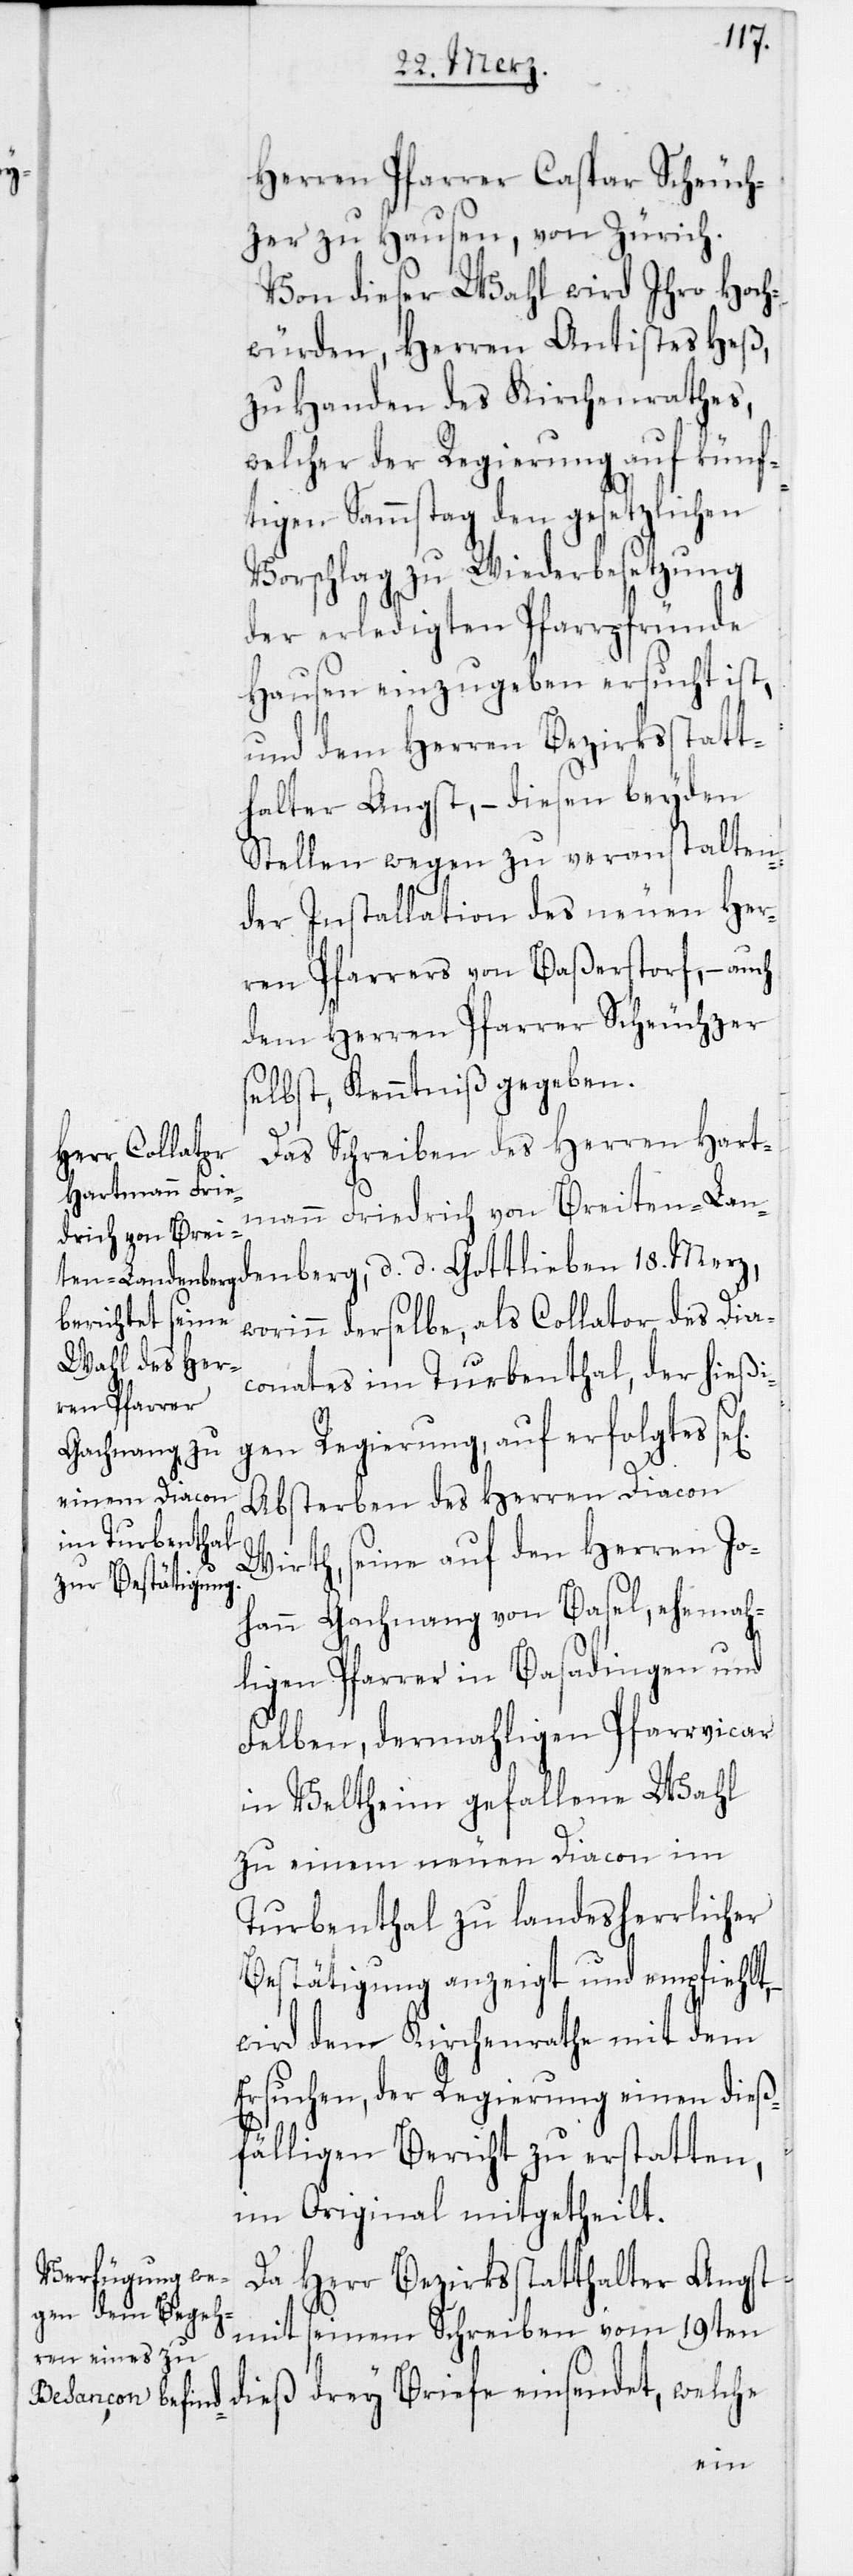
Herren Pfarrer Caspar Scheuch¬
zer zu Hausen, von Zürich.
Von dieser Wahl wird Ihro Hoch¬
würden, Herren Antistes Heß,
zu Handen des Kirchenrathes,
welcher der Regierung auf künf¬
tigen Sammstag den gesetzlichen
Vorschlag zu Wiederbesetzung
der erledigten Pfarrpfründe
Hausen einzugeben ersucht ist,
und dem Herren Bezirksstatt¬
halter Angst, – diesen beyden
Stellen wegen zu veranstalten¬
der Installation des neuen Her¬
ren Pfarrers von Baßerstorf, – auch
dem Herren Pfarrer Scheuchzer
selbst, Kenntniß gegeben.
Das Schreiben des Herren Hart¬
mann Frie¬
drich von Brei¬
ten-Landenberg, d. d. Gottlieben 18. Merz,
worinn derselbe, als Collator des Dia¬
conates im Turbenthal, der hießi¬
gen Regierung, auf erfolgtes
Absterben des Herren Diacon
Wirth, seine auf den Herren Jo¬
hann Gachnang von Basel, ehemah¬
ligen Pfarrer in Basadingen und
Felben, dermahligen Pfarrvicar
in Veltheim, gefallene Wahl
zu einem neuen Diacon im
Turbenthal zu landesherrlicher
Bestätigung anzeigt und empfiehlt,
wird dem Kirchenrathe mit dem
Ersuchen, der Regierung einen dieß¬
fälligen Bericht zu erstatten,
im Original mitgetheilt.
Da Herr Bezirksstatthalter Angst
mit seinem Schreiben vom 19ten
dieß drey Briefe einsendet, welche